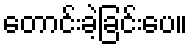
တောင်းခဲ့ခြင်းပေ။